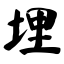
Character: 埋